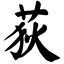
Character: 荻